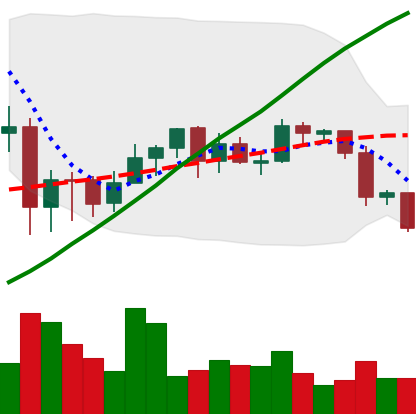
Ticker: ETH-USD
Chart end date: 2020-09-23
Forward return: 10.601%
Label: up_7plus